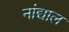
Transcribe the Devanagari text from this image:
नांद्याल